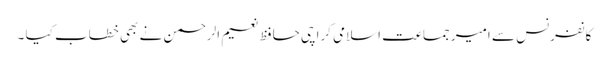
کانفرنس سے امیر جماعت اسلامی کراچی حافظ نعیم الرحمن نے بھی خطاب کیا ۔